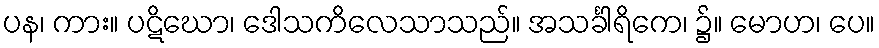
ပန၊ ကား။ ပဋိဃော၊ ဒေါသကိလေသာသည်။ အသင်္ခါရိကေ၊ ၌။ မောဟ၊ ပေ။